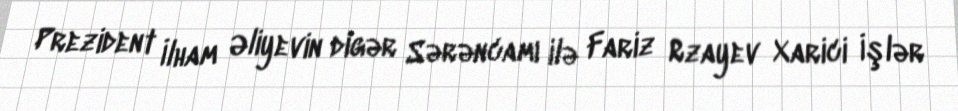
Prezident İlham Əliyevin digər Sərəncamı ilə Fariz Rzayev Xarici İşlər